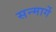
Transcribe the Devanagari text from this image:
सन्मार्गे